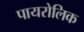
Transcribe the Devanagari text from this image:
पायरोलिक